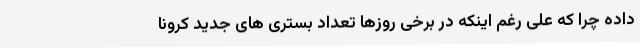
داده چرا که علی رغم اینکه در برخی روزها تعداد بستری های جدید کرونا